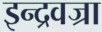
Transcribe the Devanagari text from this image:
इन्द्रवज्रा